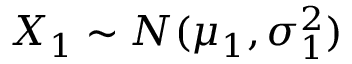
X _ { 1 } \sim N ( \mu _ { 1 } , \sigma _ { 1 } ^ { 2 } )